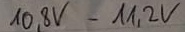
Text: 10,8V-11,2V